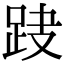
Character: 𨀆